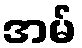
အမ်